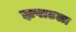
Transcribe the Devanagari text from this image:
झपाटला